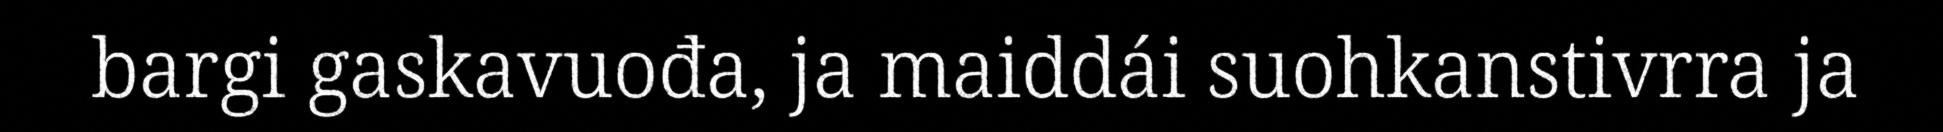
bargi gaskavuođa, ja maiddái suohkanstivrra ja